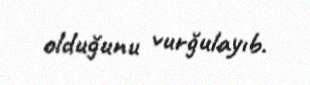
olduğunu vurğulayıb.